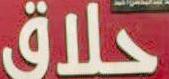
حلاق